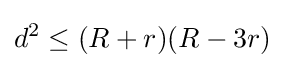
d^{2}\leq (R+r)(R-3r)